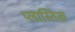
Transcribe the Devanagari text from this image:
प्लास्तिक